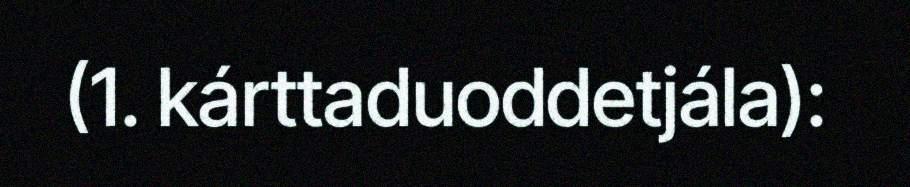
(1. kárttaduoddetjála):